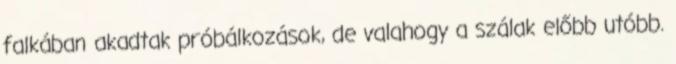
falkában akadtak próbálkozások, de valahogy a szálak előbb utóbb.